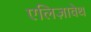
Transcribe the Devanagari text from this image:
एलिज़ावेथ